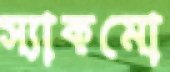
স্যাকমো